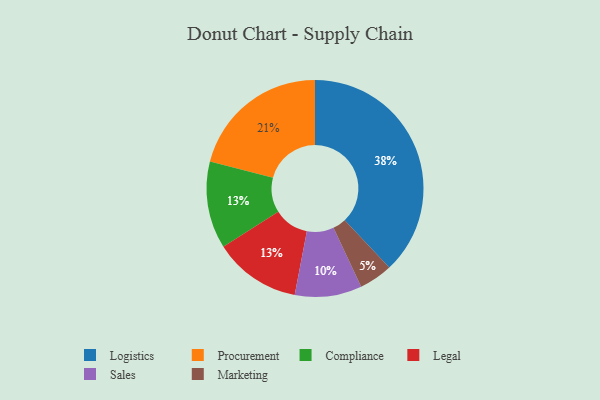
{"axis": {"x": "Category", "y": "Percentage"}, "legend": ["Compliance", "Legal", "Logistics", "Marketing", "Procurement", "Sales"], "data": [{"x": "Procurement", "y": 21, "type": "Procurement"}, {"x": "Compliance", "y": 13, "type": "Compliance"}, {"x": "Marketing", "y": 5, "type": "Marketing"}, {"x": "Legal", "y": 13, "type": "Legal"}, {"x": "Sales", "y": 10, "type": "Sales"}, {"x": "Logistics", "y": 38, "type": "Logistics"}]}